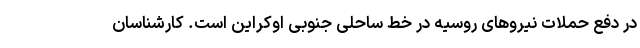
در دفع حملات نیروهای روسیه در خط ساحلی جنوبی اوکراین است. کارشناسان